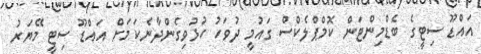
އައްޑޫ ސިޓީގެ ބެޑްމިންޓަން ކޮމްޕްލެކްސް ގައުމީ ދުވަހު ހުޅުވިގެންދާނެކަމަށް އައްޑޫ ސިޓީ މޭޔަރު